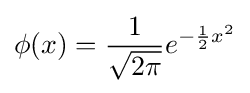
\phi (x)={\frac {1}{\sqrt {2\pi }}}e^{-{\frac {1}{2}}x^{2}}